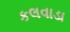
કલવાડા